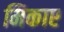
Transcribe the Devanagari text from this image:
मिकाए